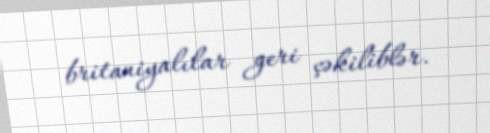
britaniyalılar geri çəkiliblər.